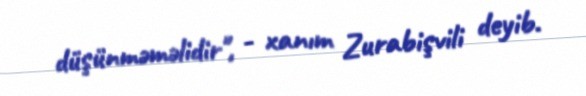
düşünməməlidir", - xanım Zurabişvili deyib.